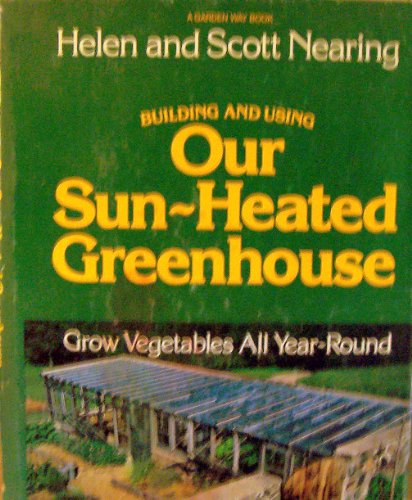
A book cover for Building and using our sun-heated greenhouse: Grow vegetables all year-round; Helen Nearing; Crafts, Hobbies & Home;